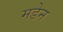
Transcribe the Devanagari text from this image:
मडेन